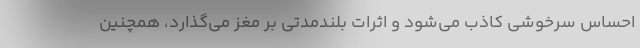
احساس سرخوشی کاذب می‌شود و اثرات بلندمدتی بر مغز می‌گذارد، همچنین